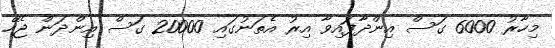
މިހާރު 6000 ގަސް އިންދާފައިވާ އިރު އެތަނުގައި 20000 ގަސް އިންދަން ޖެހޭ